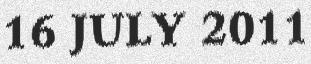
16 JULY 2011